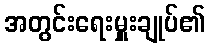
အတွင်းရေးမှူးချုပ်၏